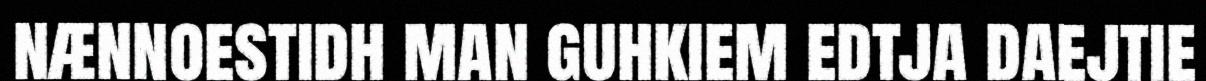
nænnoestidh man guhkiem edtja daejtie